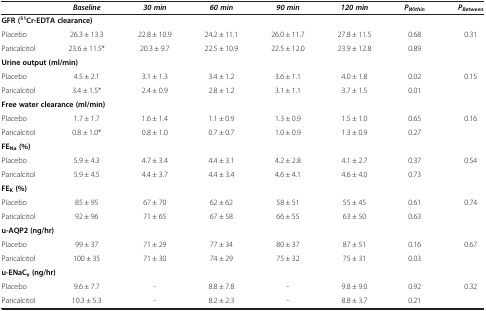
<table><thead><tr><td><b> </b></td><td><b><i>Baseline</i></b></td><td><b><i>30 min</i></b></td><td><b><i>60 min</i></b></td><td><b><i>90 min</i></b></td><td><b><i>120 min</i></b></td><td><b><i>P</i><sub><i>Within</i></sub></b></td><td><b><i>P</i><sub><i>Between</i></sub></b></td></tr></thead><tbody><tr><td colspan="8"><b>GFR (</b><sup><b>51</b></sup><b>Cr-EDTA clearance)</b></td></tr><tr><td>Placebo</td><td>26.3 ± 13.3</td><td>22.8 ± 10.9</td><td>24.2 ± 11.1</td><td>26.0 ± 11.7</td><td>27.8 ± 11.5</td><td>0.68</td><td rowspan="2">0.31</td></tr><tr><td>Paricalcitol</td><td>23.6 ± 11.5*</td><td>20.3 ± 9.7</td><td>22.5 ± 10.9</td><td>22.5 ± 12.0</td><td>23.9 ± 12.8</td><td>0.89</td></tr><tr><td colspan="8"><b>Urine output (ml/min)</b></td></tr><tr><td>Placebo</td><td>4.5 ± 2.1</td><td>3.1 ± 1.3</td><td>3.4 ± 1.2</td><td>3.6 ± 1.1</td><td>4.0 ± 1.8</td><td>0.02</td><td rowspan="2">0.15</td></tr><tr><td>Paricalcitol</td><td>3.4 ± 1.5*</td><td>2.4 ± 0.9</td><td>2.8 ± 1.2</td><td>3.1 ± 1.1</td><td>3.7 ± 1.5</td><td>0.01</td></tr><tr><td colspan="8"><b>Free water clearance (ml/min)</b></td></tr><tr><td>Placebo</td><td>1.7 ± 1.7</td><td>1.6 ± 1.4</td><td>1.1 ± 0.9</td><td>1.3 ± 0.9</td><td>1.5 ± 1.0</td><td>0.65</td><td rowspan="2">0.16</td></tr><tr><td>Paricalcitol</td><td>0.8 ± 1.0*</td><td>0.8 ± 1.0</td><td>0.7 ± 0.7</td><td>1.0 ± 0.9</td><td>1.3 ± 0.9</td><td>0.27</td></tr><tr><td colspan="8"><b>FE</b><sub><b>Na </b></sub><b>(%)</b></td></tr><tr><td>Placebo</td><td>5.9 ± 4.3</td><td>4.7 ± 3.4</td><td>4.4 ± 3.1</td><td>4.2 ± 2.8</td><td>4.1 ± 2.7</td><td>0.37</td><td rowspan="2">0.54</td></tr><tr><td>Paricalcitol</td><td>5.9 ± 4.5</td><td>4.4 ± 3.7</td><td>4.4 ± 3.4</td><td>4.6 ± 4.1</td><td>4.6 ± 4.0</td><td>0.73</td></tr><tr><td colspan="8"><b>FE</b><sub><b>K </b></sub><b>(%)</b></td></tr><tr><td>Placebo</td><td>85 ± 95</td><td>67 ± 70</td><td>62 ± 62</td><td>58 ± 51</td><td>55 ± 45</td><td>0.61</td><td rowspan="2">0.74</td></tr><tr><td>Paricalcitol</td><td>92 ± 96</td><td>71 ± 65</td><td>67 ± 58</td><td>66 ± 55</td><td>63 ± 50</td><td>0.63</td></tr><tr><td colspan="8"><b>u-AQP2 (ng/hr)</b></td></tr><tr><td>Placebo</td><td>99 ± 37</td><td>71 ± 29</td><td>77 ± 34</td><td>80 ± 37</td><td>87 ± 51</td><td>0.16</td><td rowspan="2">0.67</td></tr><tr><td>Paricalcitol</td><td>100 ± 35</td><td>71 ± 30</td><td>74 ± 29</td><td>75 ± 32</td><td>75 ± 31</td><td>0.03</td></tr><tr><td colspan="8"><b>u-ENaC</b><sub><b>γ </b></sub><b>(ng/hr)</b></td></tr><tr><td>Placebo</td><td>9.6 ± 7.7</td><td>-</td><td>8.8 ± 7.8</td><td>-</td><td>9.8 ± 9.0</td><td>0.92</td><td rowspan="2">0.32</td></tr><tr><td>Paricalcitol</td><td>10.3 ± 5.3</td><td>-</td><td>8.2 ± 2.3</td><td>-</td><td>8.8 ± 3.7</td><td>0.21</td></tr></tbody></table>